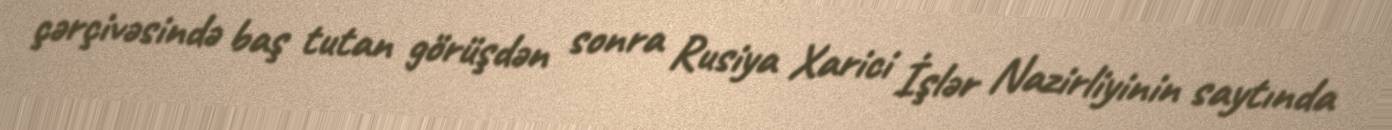
çərçivəsində baş tutan görüşdən sonra Rusiya Xarici İşlər Nazirliyinin saytında